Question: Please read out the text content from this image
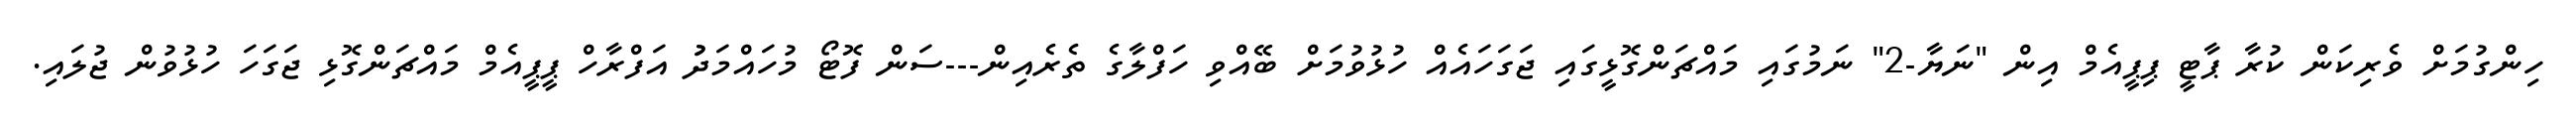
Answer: ހިންގުމަށް ވެރިކަން ކުރާ ޕާޓީ ޕިޕީއެމް އިން "ނަޔާ-2" ނަމުގައި މައްޗަންގޮޅީގައި ޖަގަހައެއް ހުޅުވުމަށް ބޭއްވި ހަފްލާގެ ތެރެއިން---ސަން ފޮޓޯ މުހައްމަދުު އަފްރާހް ޕީޕީއެމް މައްޗަންގޮޅި ޖަގަހަ ހުޅުވުން ޖުލައި.